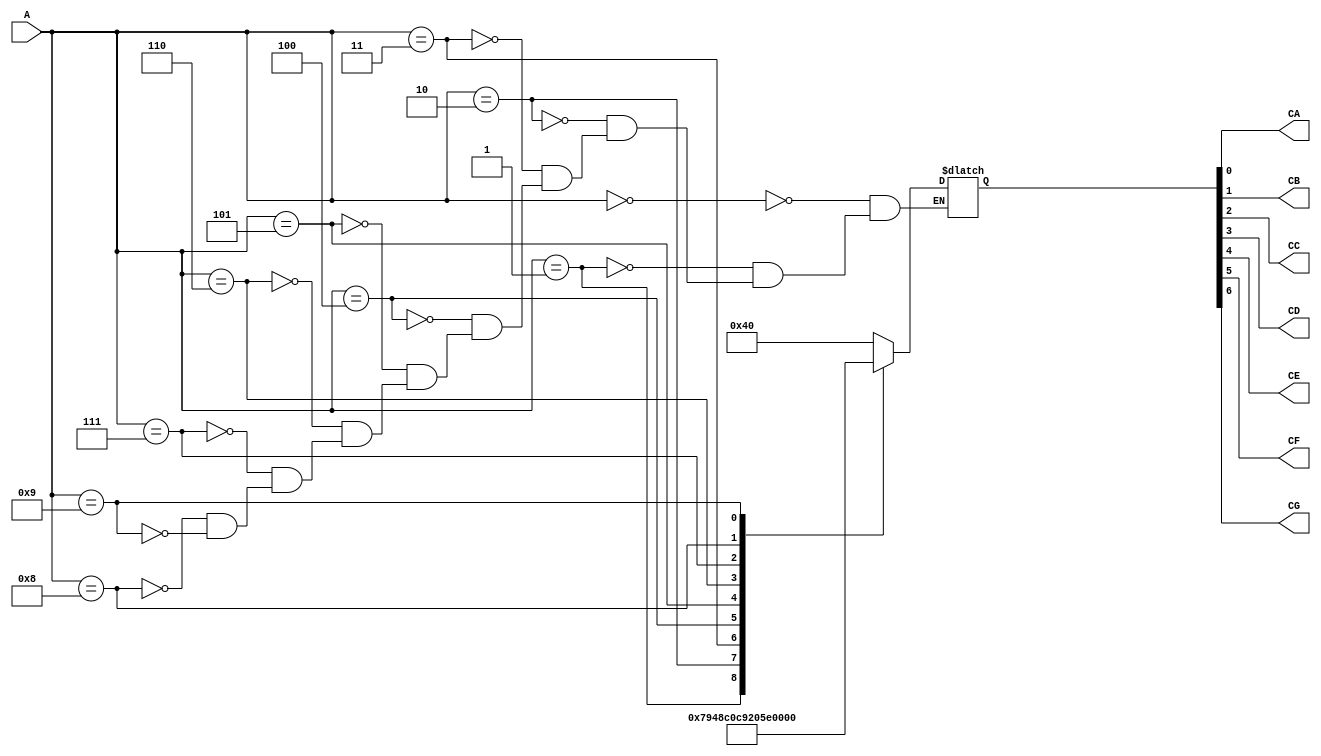
`timescale 1ns / 1ps
//////////////////////////////////////////////////////////////////////////////////
// Company: 
// Engineer: 
// 
// Design Name: 
// Module Name: lab9_3_3
// Project Name: 
// Target Devices: 
// Tool Versions: 
// Description: 
// 
// Dependencies: 
// 
// Revision:
// Revision 0.01 - File Created
// Additional Comments:
// 
//////////////////////////////////////////////////////////////////////////////////

module bcd(input [3:0] A, output CA, output CB, output CC, output CD,output CE, output CF, output CG);
reg [6:0] T;

assign CA = T[0];
assign CB = T[1];
assign CC = T[2];
assign CD = T[3];
assign CE = T[4];
assign CF = T[5];
assign CG = T[6];

always@(*)
    begin
        case(A)
            4'd0: T = 7'b1000000;
            4'd1: T = 7'b1111001;
            4'd2: T = 7'b0100100;
            4'd3: T = 7'b0110000;
            4'd4: T = 7'b0011001;
            4'd5: T = 7'b0010010;
            4'd6: T = 7'b0000010;
            4'd7: T = 7'b1111000;
            4'd8: T = 7'b0000000;
            4'd9: T = 7'b0010000;
        endcase
    end
endmodule

//7 Segment Driver:

// Driver of the Seven-Segment Display
module display_driver(input CLK100MHZ,input rst,
input [3:0] D7,input [3:0] D6,input [3:0] D5,input [3:0] D4,input [3:0] D3,input [3:0] D2,input [3:0] D1,input [3:0] D0,
output CA,output CB,output CC,output CD,output CE,output CF,output CG, output reg [7:0] AN);

reg [3:0] number;
reg [19:0] counter ;

always@(posedge CLK100MHZ)
    begin
        if(rst)
            counter <= 20'd0;
        else
        
        if(counter <= 20'd999999)
            counter <= counter + 20'd1;
        else
            counter <= 20'd0;
    end

always@(*)
    begin
        case(counter[19:17])
            3'd0: number = D0;
            3'd1: number = D1;
            3'd2: number = D2;
            3'd3: number = D3;
            3'd4: number = D4;
            3'd5: number = D5;
            3'd4: number = D6;
            3'd5: number = D7;
            default: number = 4'h0;
        endcase
end

always@(*)
    begin
        case(counter[19:17])
            3'd0: AN = 8'b11111110;
            3'd1: AN = 8'b11111101;
            3'd2: AN = 8'b11111011;
            3'd3: AN = 8'b11110111;
            3'd4: AN = 8'b11101111;
            3'd5: AN = 8'b11011111;
            3'd6: AN = 8'b10111111;
            3'd7: AN = 8'b01111111;
            
            default: AN = 8'b11111111;
        endcase
end

bcd BCD1(number,CA,CB,CC,CD,CE,CF,CG);

endmodule







module alarmClock(
input CLK100MHZ, 
input rst, 
input fast_count, 
input hour_inc, 
input minute_inc, 
input alarmSet,
input timeSet, 
output [7:0] seg, 
output [7:0] AN, 
output [1:0] LED
);


reg [26:0] clock;
reg [26:0] clock2; // f=10Hz
reg [26:0] clock3; // f=5Mhz
reg [16:0] counter; // f=1Hz
reg [16:0] displayCounter;
reg [16:0] AlarmCounter;
reg [1:0] LED_ON;

wire [5:0] sec,min,hour;


wire [3:0] D0;
wire [3:0] D1;
wire [3:0] D2;
wire [3:0] D3;
wire [3:0] D4;
wire [3:0] D5;
wire [3:0] D6;
wire [3:0] D7;

wire CA;
wire CB;
wire CC;
wire CD;
wire CE;
wire CF;
wire CG;
assign seg[0]=CA;
assign seg[1]=CB;
assign seg[2]=CC;
assign seg[3]=CD;
assign seg[4]=CE;
assign seg[5]=CF;
assign seg[6]=CG;
assign seg[7]=0;


always@(posedge CLK100MHZ) // 1Hz from 100MHz
    begin
        if(clock == 27'd99999999)
            clock <= 27'd0;
        else
            clock <= clock + 27'd1;
end

always@(posedge CLK100MHZ) // 100Hz from 100MHz
    begin
        if(clock2 == 27'd999999)
            clock2 <= 27'd0;
        else
            clock2 <= clock2 + 27'd1;
end

always@(posedge CLK100MHZ) // 5MHz from 100MHz
  begin
    if(clock3 == 27'd19) // 100M/20 = 5M
      clock3 <= 27'd0;
    else
      clock3 <= clock3 + 27'd1;
end

always @(posedge CLK100MHZ) // Counter
    begin
       
        if(rst)
        begin
            counter <= 17'd0;
            displayCounter <= 17'd0;
            LED_ON[0] = 0;
            LED_ON[1] = 0;
         end
        else if(alarmSet)
            LED_ON[1] = 1;
        else if(!alarmSet)
            LED_ON[1] = 0;
        else if(fast_count)
            begin
           if (clock2 == 27'd1)
            if (counter == 17'd86399)
            begin
                counter <= 17'd0;
                displayCounter <= 17'd0;
            end
            else
                begin
                counter <= counter + 17'd1;
                displayCounter <= displayCounter + 17'd1;
                end
            else
                begin
                counter <= counter;
                displayCounter <= displayCounter;
                end
            end
           else // if(fast_count == 1'b0)
           
        begin
        if((counter/3600)%60>12)
               displayCounter <= 17'd3600;
               
               LED_ON[0] = 1;
            
                        
        if (clock == 27'd1)            
            if (counter == 17'd86399)
                begin
                    counter <= 17'd0;
                    displayCounter <= 17'd0;
                    LED_ON[0] = 0;
                end
         //if counter reacher 43199 (43199+1 / 60/60 = 12) set LED to on i.e. PM
         
          //Increment Minutes
         else if(timeSet && minute_inc)
            begin
                counter <= counter + 17'd60;
                displayCounter <= displayCounter + 17'd60;
            end
         //Increment Hours           
         else if(timeSet && hour_inc)
            if((counter/3600)%60<24)
                begin
                    counter <= counter + 17'd3600;
                    displayCounter <= displayCounter + 17'd3600;
                end
            else
                begin
                    counter <= counter;
                    displayCounter <= displayCounter;
                 end
        else
            begin
                counter <= counter + 17'd1;
                displayCounter <= displayCounter + 17'd1;
            end
        
       
    end
       
    
end

assign sec = displayCounter % 60;
assign min = (displayCounter/60) % 60;
assign hour = (displayCounter / 3600) % 60;

assign D0 = sec % 10;
assign D1 = sec / 10;
assign D2 = min % 10;
assign D3 = min / 10;
assign D4 = hour % 10;
assign D5 = hour / 10;
assign D6 = 4'd0;
assign D7 = 4'd0;
assign LED[0] = LED_ON[0];
assign LED[1] = LED_ON[1];
display_driver d_d1( CLK100MHZ,rst,D7,D6,D5,D4,D3,D2,D1,D0,CA,CB,CC,CD,CE,CF,CG,AN );

endmodule